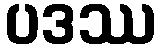
ပဒဿ